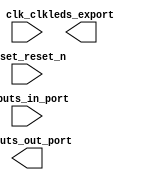

module niosLab2 (
	clk_clk,
	leds_export,
	reset_reset_n,
	inputs_in_port,
	inputs_out_port);	

	input		clk_clk;
	output	[5:0]	leds_export;
	input		reset_reset_n;
	input	[5:0]	inputs_in_port;
	output	[5:0]	inputs_out_port;
endmodule